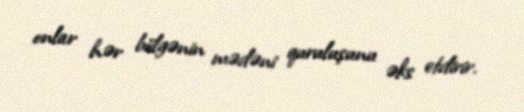
onlar hər bölgənin mədəni quruluşunu əks etdirir.